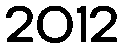
2012